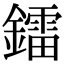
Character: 鐳